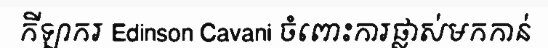
កីឡាករ Edinson Cavani ចំពោះការផ្លាស់មកកាន់